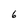
Character: 6